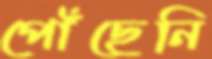
পোঁছেনি